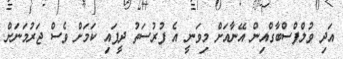
އަދި ވުލްފްސްބާގްއިން އޭނާއަށް މިވަނީ އެ ފުރުސަތު ދީފައި ކަމަށް ވެސް ޖަރުމަނަށް